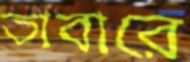
তাবারে